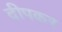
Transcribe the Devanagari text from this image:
दीपकर